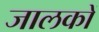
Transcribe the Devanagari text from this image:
जालकों